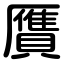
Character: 贋